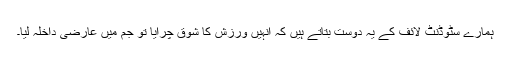
ہمارے سٹوڈنٹ لائف کے یہ دوست بتاتے ہیں کہ انہیں ورزش کا شوق چرایا تو جم میں عارضی داخلہ لیا۔